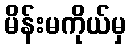
မိန်းမကိုယ်မှ